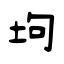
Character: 坸